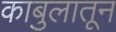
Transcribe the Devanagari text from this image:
काबुलातून